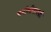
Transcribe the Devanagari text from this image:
मनोलीसारखी